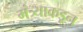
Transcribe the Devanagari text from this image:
मंत्र्याकडून